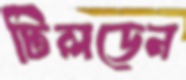
টিলডেন